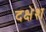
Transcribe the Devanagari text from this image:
दक्षेश